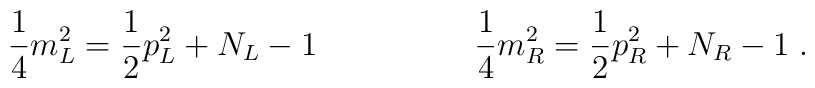
\frac{1}{4}m_{L}^{2}=\frac{1}{2}p_{L}^{2}+N_{L}-1 \hspace{2cm}\frac{1}{4}m_{R}^{2}=\frac{1}{2}p_{R}^{2}+N_{R}-1\;.